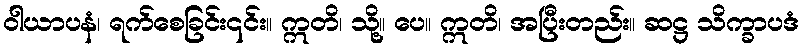
ဝါယာပနံ၊ ရက်စေခြင်း၎င်း။ ဣတိ၊ သို့။ ပေ။ ဣတိ၊ အပြီးတည်း။ ဆဋ္ဌ သိက္ခာပဒံ